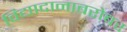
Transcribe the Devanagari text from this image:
विद्यादानाबरोबर